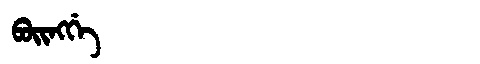
Manchu: ᠪᠣᡳᠩᡤᡝ
Romanization: BOINGGE